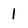
Character: 1